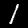
Label: 1